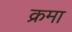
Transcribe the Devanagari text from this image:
क्रमा